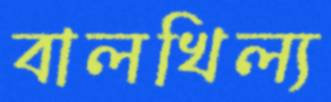
বালখিল্য